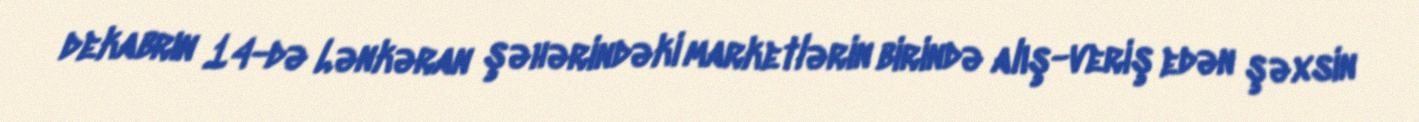
dekabrın 14-də Lənkəran şəhərindəki marketlərin birində alış-veriş edən şəxsin